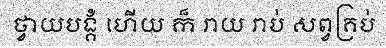
ថ្វាយបង្គំ ហើយ ក៏ រាយ រាប់ សព្វគ្រប់